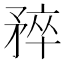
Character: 𬑮